Indian journal of veterinary science and animal husbandry - Volumes 18-21, 1948-1951
Year: 1948
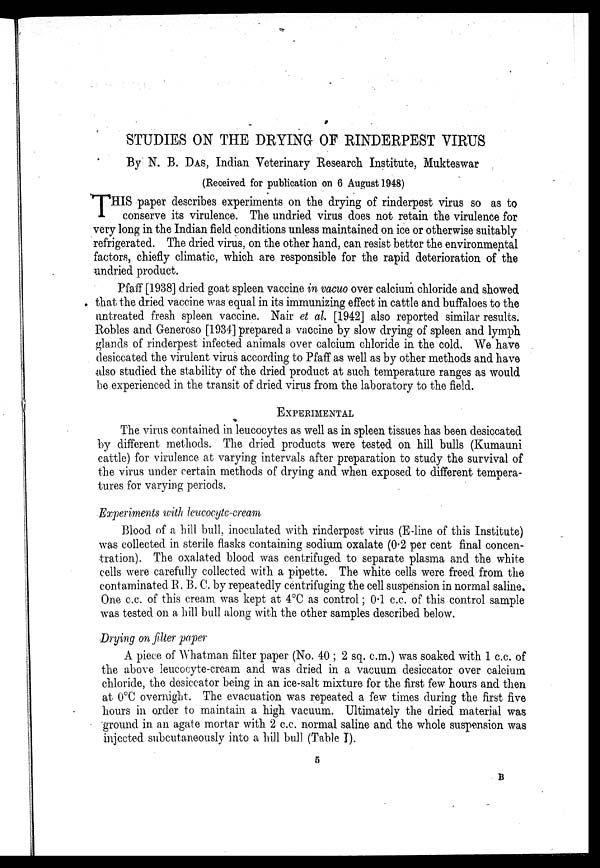
STUDIES ON THE DRYING OF RINDERPEST VIRUS
By N. B. DAS, Indian Veterinary Research Institute, Mukteswar
(Received for publication on 6 August 1948)
T HIS paper describes experiments on the drying of rinderpest virus so as to
conserve its virulence. The undried virus does not retain the virulence for
very long in the Indian field conditions unless maintained on ice or otherwise suitably
refrigerated. The dried virus, on the other hand, can resist better the environmental
factors, chiefly climatic, which are responsible for the rapid deterioration of the
undried product.
Pfaff [1938] dried goat spleen vaccine in vacuo over calcium chloride and showed
that the dried vaccine was equal in its immunizing effect in cattle and buffaloes to the
untreated fresh spleen vaccine. Nair et al. [1942] also reported similar results.
Robles and Generoso [1934] prepared a vaccine by slow drying of spleen and lymph
glands of rinderpest infected animals over calcium chloride in the cold. We have
desiccated the virulent virus according to Pfaff as well as by other methods and have
also studied the stability of the dried product at such temperature ranges as would
be experienced in the transit of dried virus from the laboratory to the field.
EXPERIMENTAL
The virus contained in leucocytes as well as in spleen tissues has been desiccated
by different methods. The dried products were tested on hill bulls (Kumauni
cattle) for virulence at varying intervals after preparation to study the survival of
the virus under certain methods of drying and when exposed to different tempera-
tures for varying periods.
Experiments with leucocyte-cream
Blood of a hill bull, inoculated with rinderpest virus (E-line of this Institute)
was collected in sterile flasks containing sodium oxalate (0.2 per cent final concen-
tration). The oxalated blood was centrifuged to separate plasma and the white
cells were carefully collected with a pipette. The white cells were freed from the
contaminated R. B. C. by repeatedly centrifuging the cell suspension in normal saline.
One c.c. of this cream was kept at 4°C as control; 0.1 c.c. of this control sample
was tested on a hill bull along with the other samples described below.
Drying on filter paper
A piece of Whatman filter paper (No. 40; 2 sq. c.m.) was soaked with 1 c.c. of
the above leucocyte-cream and was dried in a vacuum desiccator over calcium
chloride, the desiccator being in an ice-salt mixture for the first few hours and then
at 0°C overnight. The evacuation was repeated a few times during the first five
hours in order to maintain a high vacuum. Ultimately the dried material was
ground in an agate mortar with 2 c.c. normal saline and the whole suspension was
injected subcutaneously into a hill bull (Table I).
5
B